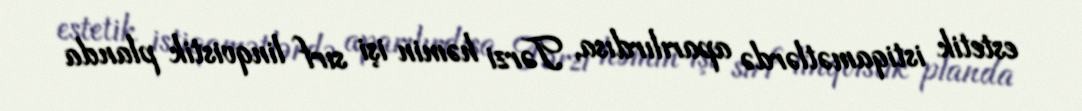
estetik istiqamətlərdə aparılırdısa, Tərzi həmin işi sırf linqvistik planda